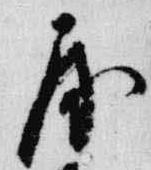
房